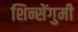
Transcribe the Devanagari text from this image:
शिन्सेंगुमी